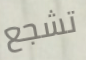
تشجع